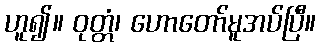
ဟူ၍။ ဝုတ္တံ၊ ဟောတော်မူအပ်ပြီ။